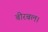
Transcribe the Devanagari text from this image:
बीरबल।